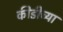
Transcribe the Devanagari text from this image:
कीडीच्या